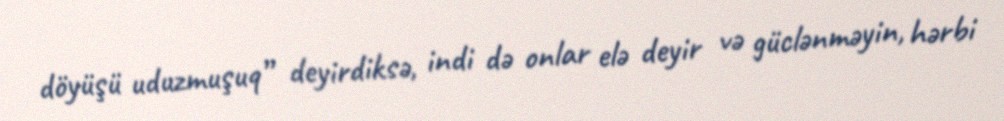
döyüşü uduzmuşuq” deyirdiksə, indi də onlar elə deyir və güclənməyin, hərbi